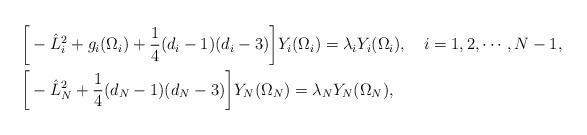
LaTeX: \begin{align*}\begin{aligned} &\bigg[-\hat{L}^2_i+g_i(\Omega_i)+\frac{1}{4}(d_i-1)(d_i-3)\bigg]Y_i(\Omega_i)=\lambda_i Y_i(\Omega_i),~~~i=1,2,\cdots,N-1,\\ &\bigg[-\hat{L}^2_N+\frac{1}{4}(d_N-1)(d_N-3)\bigg]Y_N(\Omega_N)=\lambda_NY_N(\Omega_N),\end{aligned}\end{align*}